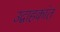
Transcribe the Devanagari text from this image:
उद्वाहकांत